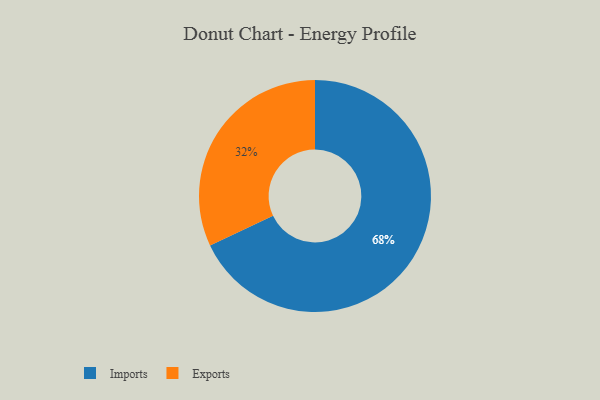
{"axis": {"x": "Category", "y": "Percentage"}, "legend": ["Exports", "Imports"], "data": [{"x": "Imports", "y": 68, "type": "Imports"}, {"x": "Exports", "y": 32, "type": "Exports"}]}